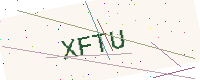
Text: XFTU